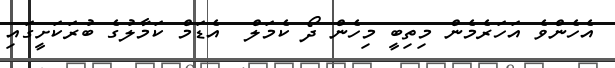
އެހެންވެ އަހަރެމެން މިތިބީ މިހެން ދޯ ކެމަލް  އެޑަމް ކަމާލުގެ ބުރަކަށީގައި